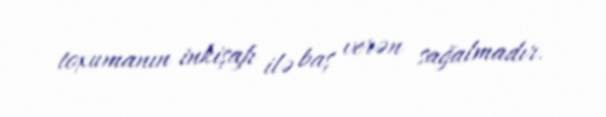
toxumanın inkişafı ilə baş verən sağalmadır.